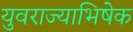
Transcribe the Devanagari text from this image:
युवराज्याभिषेक